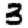
Digit: 3